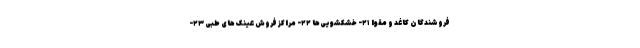
فروشندگان کاغد و مقوا ۲۱- خشکشویی‌ها ۲۲- مراکز فروش عینک های طبی ۲۳-